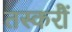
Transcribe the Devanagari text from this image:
तस्करौं